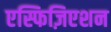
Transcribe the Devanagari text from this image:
एस्फिज़िएशन